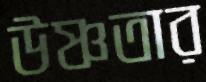
উষ্ণতার